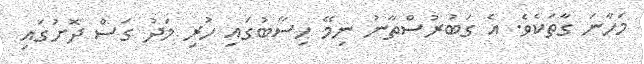
މަހާނަ ގާތަކެވެ. އެ ގަބުރުސްތާނު ނިމޭ ހިސާބުގައި ހުރި މަދު ގަސް ދޮށުގައި